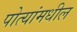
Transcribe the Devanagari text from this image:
पोत्यांमधील